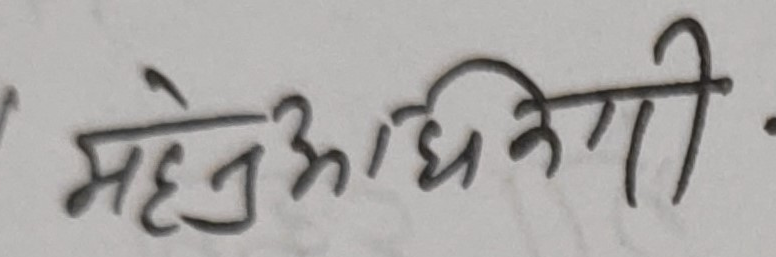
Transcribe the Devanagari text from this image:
महेनअधिनेगी.